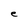
Character: e